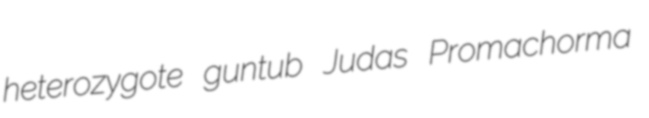
heterozygote guntub Judas Promachorma